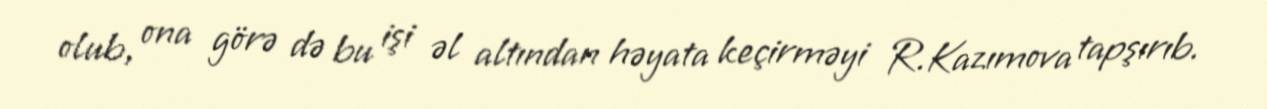
olub, ona görə də bu işi əl altından həyata keçirməyi R.Kazımova tapşırıb.